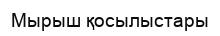
Мырыш қосылыстары